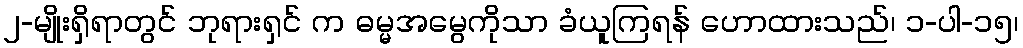
၂-မျိုးရှိရာတွင် ဘုရားရှင် က ဓမ္မအမွေကိုသာ ခံယူကြရန် ဟောထားသည်၊ ၁-ပါ-၁၅၊